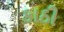
કાઠી